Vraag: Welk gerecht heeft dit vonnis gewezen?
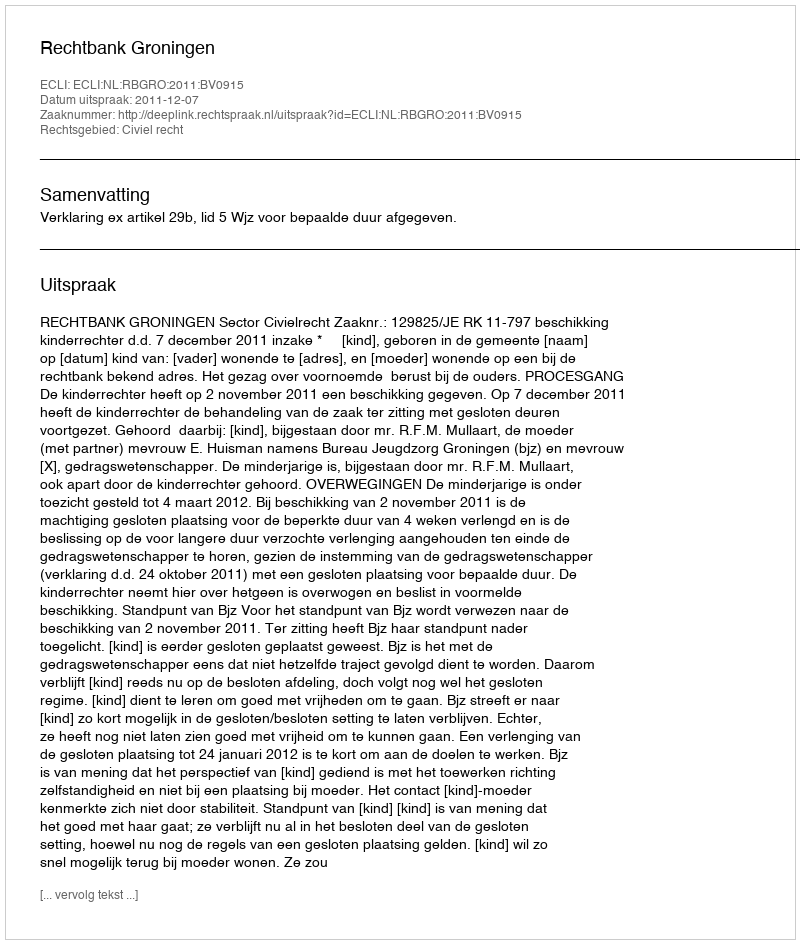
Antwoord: Rechtbank Groningen